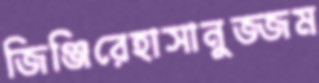
জিঞ্জিরেহাসানুজ্জম